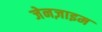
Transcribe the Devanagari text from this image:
जेनज़ाइम